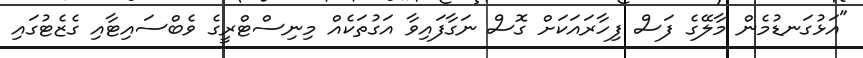
"އަޅުގަނޑުމެން މާލޭގެ ފަސް ފިހާރައަކަށް ގޮސް ނަގާފައިވާ އަގުތަކެއް މިނިސްޓްރީގެ ވެބްސައިޓާއި ގެޒެޓުގައި